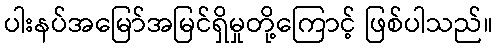
ပါးနပ်အမြော်အမြင်ရှိမှုတို့ကြောင့် ဖြစ်ပါသည်။